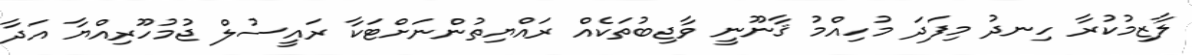
ލާޒިމުކުރާ ހިނދު މިފަދަ މުހިއްމު ޤާނޫނީ ވާޖިބުތަކެއް ރައްޔިތުންނަށްޓަކާ ރައީސުލް ޖުމުހޫރިއްޔާ އަދާ